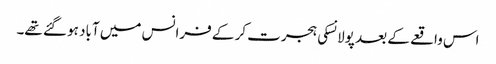
اس واقعے کے بعد پولانسکی ہجرت کر کے فرانس میں آباد ہو گئے تھے۔